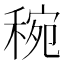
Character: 𥟶